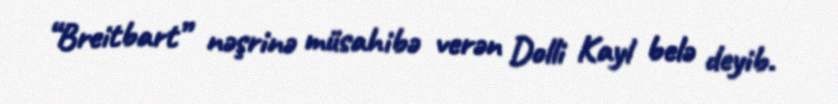
“Breitbart” nəşrinə müsahibə verən Dolli Kayl belə deyib.